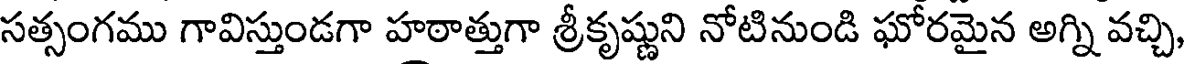
సత్సంగము గావిస్తుండగా హఠాత్తుగా శ్రీకృష్ణుని నోటినుండి ఘోరమైన అగ్ని వచ్చి,